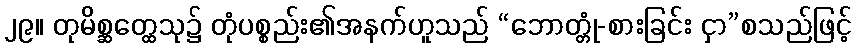
၂၉။ တုမိစ္ဆတ္ထေသု၌ တုံပစ္စည်း၏အနက်ဟူသည် “ဘောတ္တုံ-စားခြင်း ငှာ”စသည်ဖြင့်